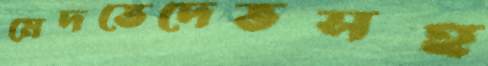
মেদভেদেভসহ